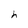
Character: h